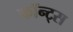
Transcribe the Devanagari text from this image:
फॉन्‍ट्स